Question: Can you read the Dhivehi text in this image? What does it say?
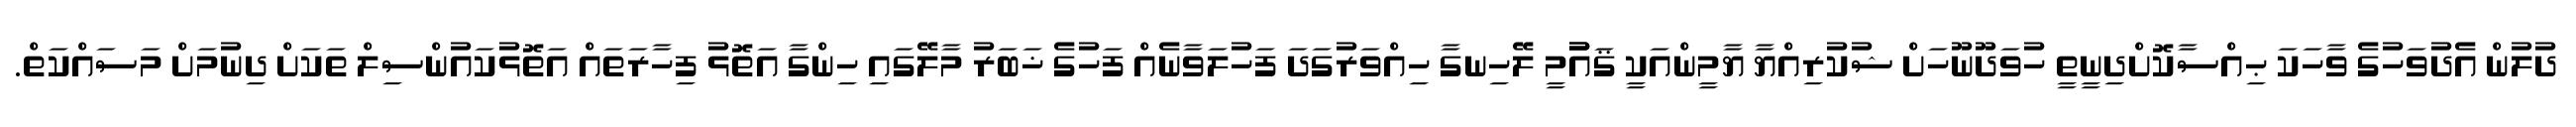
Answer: ދުލުން އެދުވަހުގެ ވާހަކަ ޙިއްސާކޮށްދިނީތީ ހުވަދޫނޫހަށް ޝުކުރިއްޔާ ޔާމީންއަކީ ޤައުުމީ ލޭހިނގާ ހިއްވަރުގަދަ ފަހުލަވާނެއް ފަހުގެ ޚަބަރު މާލޭގައި ހިންގާ އަތޮޅު ފިހާރަތައް އަތޮޅުކައުންސިލް ތަކަށް ދިނުމަށް މަސައްކަތް.